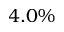
4 . 0 \%